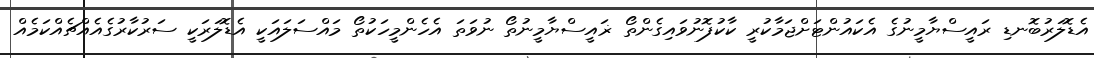
އެޑޮލަރުބޮނޑި ރައީސްޔާމީނުގެ އެކައުންޓަށްޖަމާކުރީ ކާކުފޮނުވައިގެންތޯ ޜައީސްޔާމީނުތޯ ނުވަތަ އެހެންމީހަކުތޯ މައްސަލައަކީ އެޑޮލަރަކީ ސަރުކާރުގެއެއްޗެއްކަމެއް